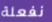
نفعلة